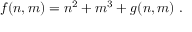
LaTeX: f ( n , m ) = n ^ { 2 } + m ^ { 3 } + g ( n , m ) ~ .